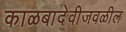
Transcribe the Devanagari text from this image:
काळबादेवीजवळील